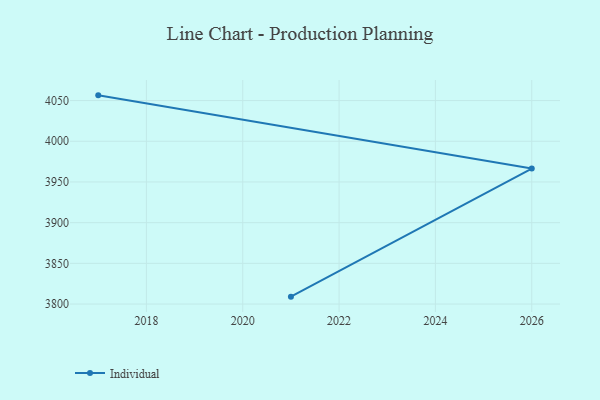
{"axis": {"x": "Year", "y": "Revenue (USD Million)"}, "legend": ["Individual"], "data": [{"x": "2017", "y": 4056.4, "type": "Individual"}, {"x": "2026", "y": 3966.4, "type": "Individual"}, {"x": "2021", "y": 3809.1, "type": "Individual"}]}